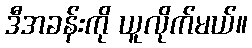
ဒီအခန်းကို ယူလိုက်မယ်။